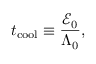
t _ { \mathrm { c o o l } } \equiv \frac { \mathcal { E } _ { 0 } } { \Lambda _ { 0 } } ,